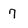
Character: 7